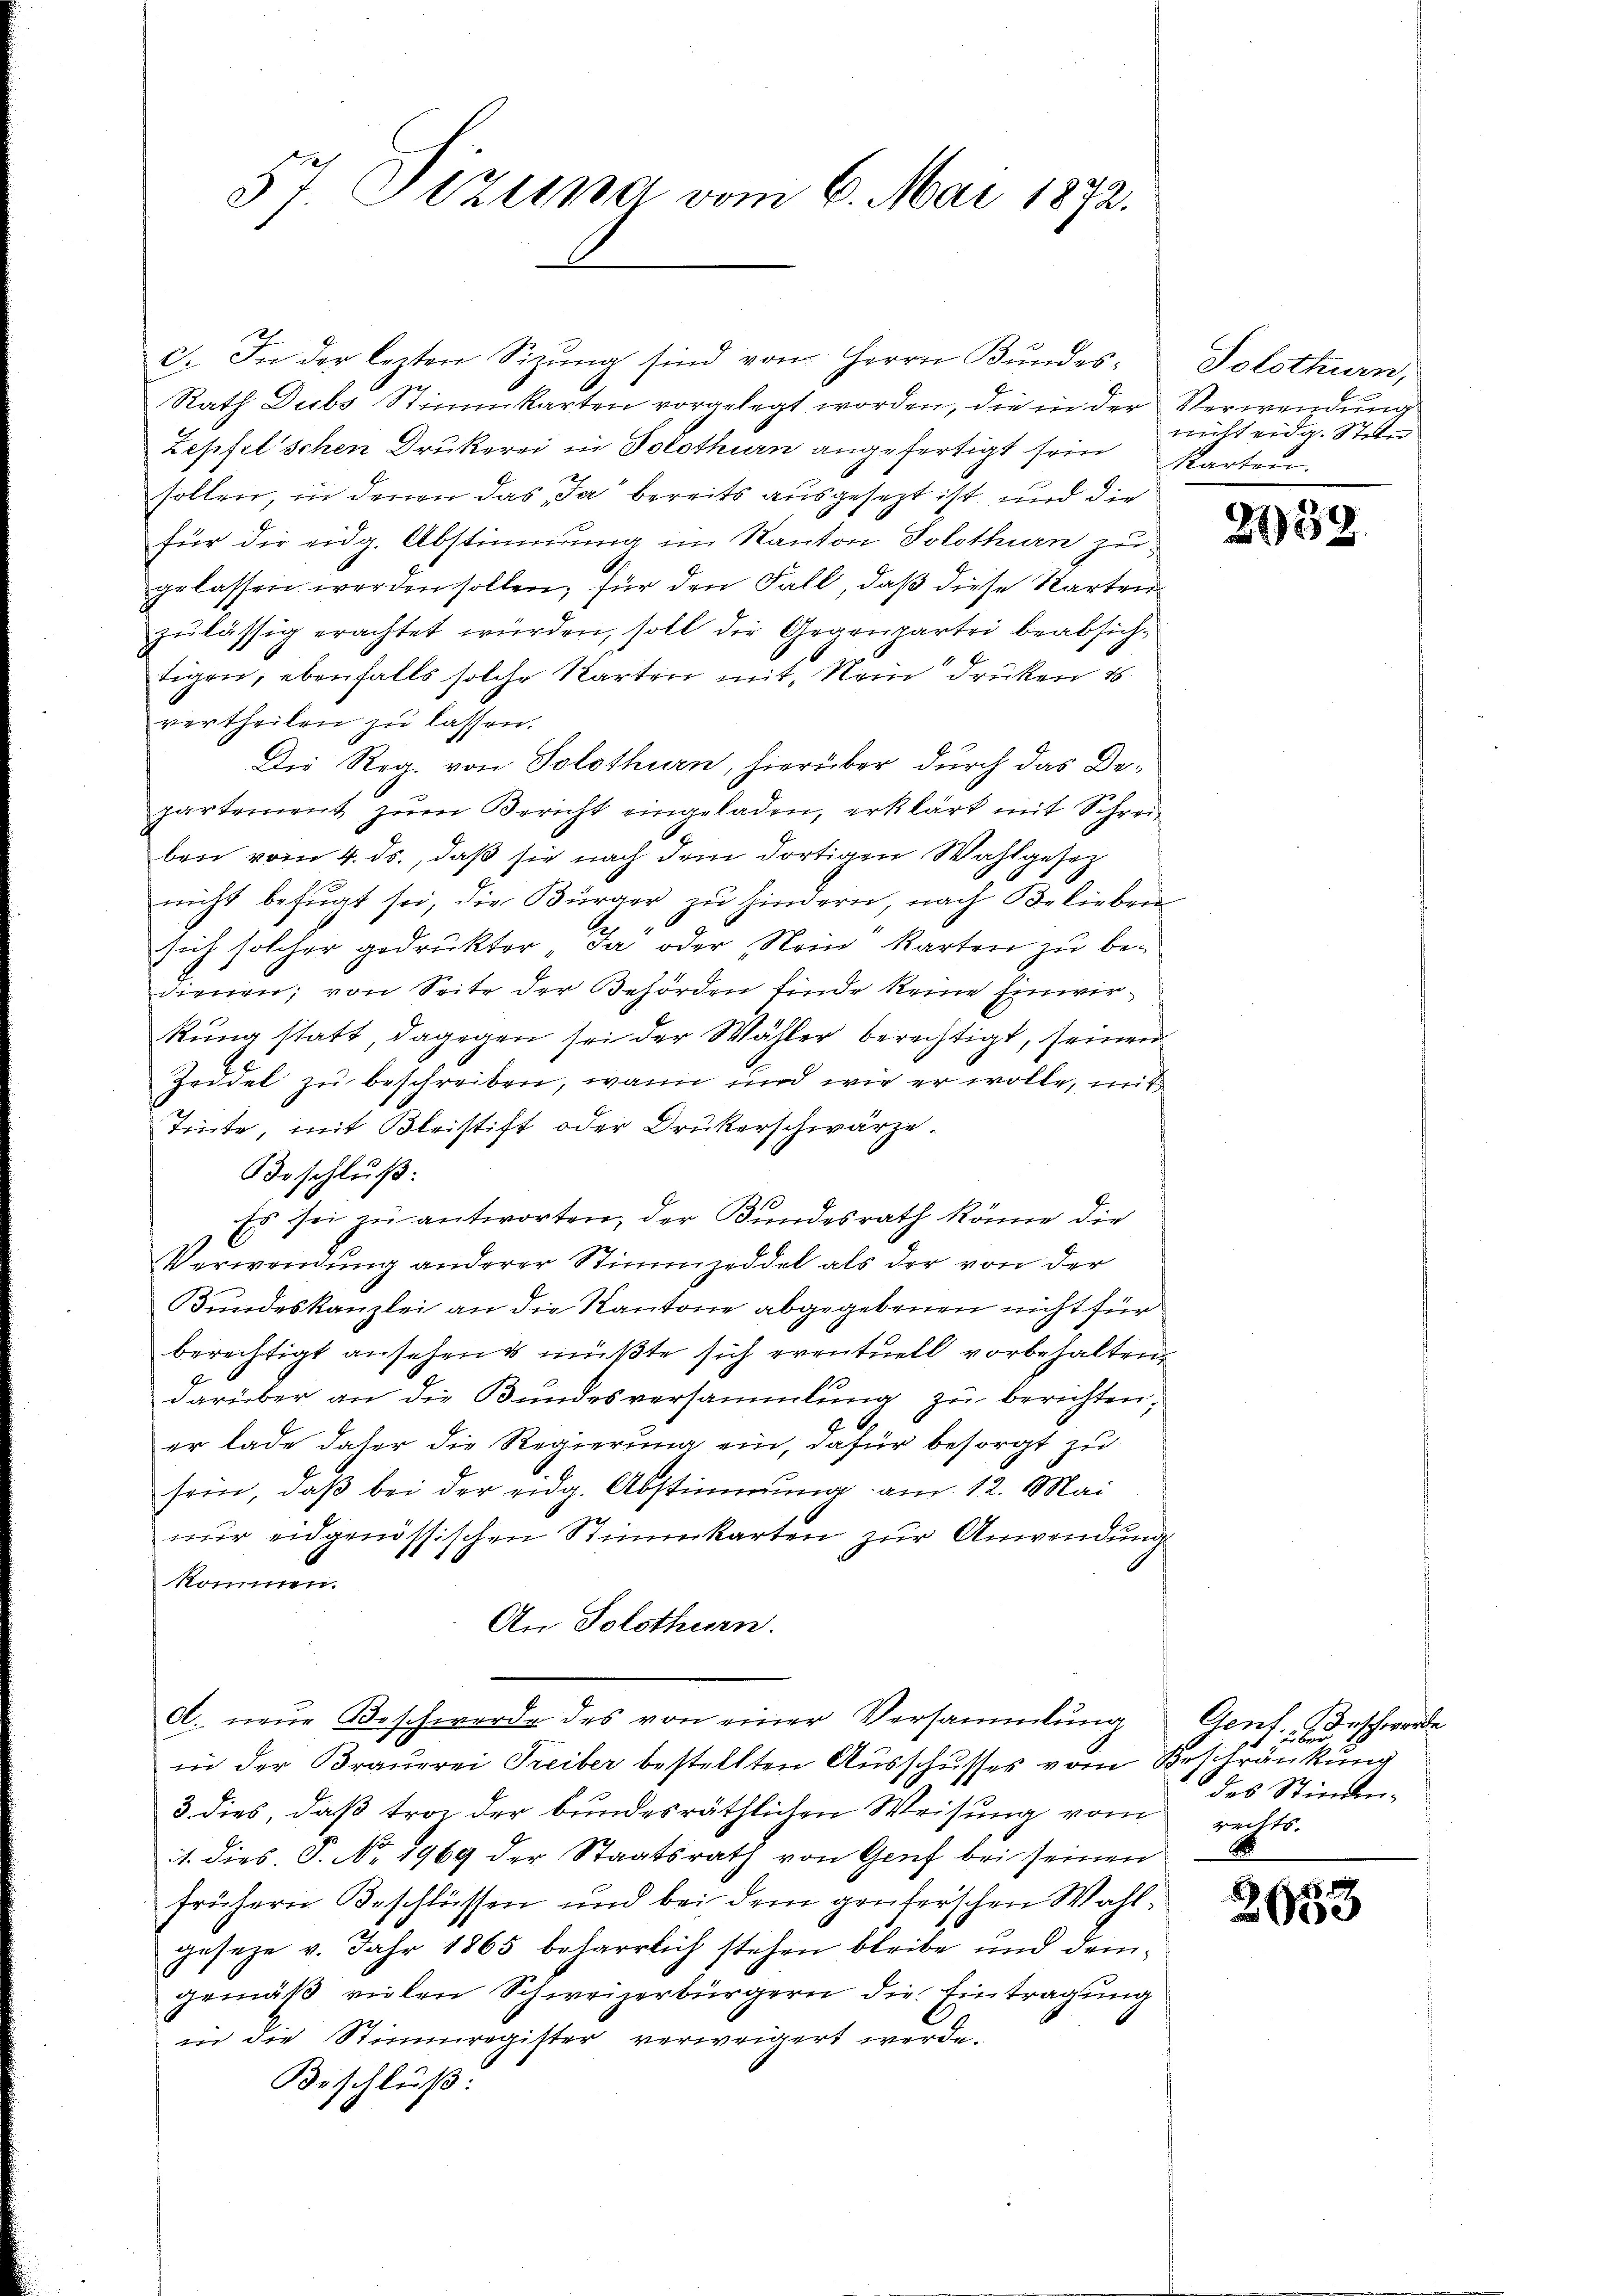
57 Sizung vom 6. Mai 1872.

c. In der lezten Sizŭng sind vom Herrn Bundes-
Rath Dubs Stimmkarten vorgelegt worden, die in der Verwendung
Zepfel’schen Drukerei in Solothurn angefertigt sein Karten.
sollen, in denen das „Ja“ bereits ausgesezt ist und die
für die eidg. Abstimmung im Kanton Solothurn zu
gelassen werden sollen, für den Fall, daß diese Karten
zŭlässig erachtet würden, soll die Gegenpartei beabsich-
tigen, ebenfalls solche Karten mit Nein drücken 1
vertheilen zu lassen.
Die Reg. von Solothurn, hierüber durch das Departement zum Bericht eingeladen, erklärt mit Schreiben vom 4. ds., daß sie nach dem dortigen Wahlgesetz
nicht befugt sei, die Bürger zu hindern, nach Belieben
sich solcher gedruckter, Ja oder Nein“ karten zu bedienen; von Seite der Behörden finde keine Einwirkung statt, dagegen sei der Wähler berechtigt, seinem
Zeddel zu beschreiben, wann und wie er wolle, mit
Tinte, mit Bleistift oder Druckerschwärze.
Beschluß:
Es sei zu antworten, der Bundesrath könne die
Verwendung anderer Stimmzeddel als der von der
Bundeskanzlei an die Kantone abgegebenen nicht für
berechtigt ansehens müßte sich eventuell vorbehalten,
darüber an die Bundesversammlung zu berichten,
er lade daher die Regierung ein, dafür besorgt zu
sein, daß bei der eidg. Abstimmung am 12. Mai
nur eidgenössischen Stimmkarten zur Anwendung
kommen.
An Solothurn.
d. neŭe Beschwerde des von einer Versammlung Genf. (Beschwerde
in der Brauerei Treiber bestellten Ausschusses vom Beschränkung
3 dies, daß tro der bundesräthlichen Weisung vom rechts-
1. dies P. Nr. 1969 der Staatsrath von Genf bei seinen
frühern Beschlüssen und bei dem genterschen Wahlgeseze v. Jahr 1865 beharrlich stehen bleibe und demgemäß vielen Schweizerbürgern die Eintragung
in die Stimmregister verweigert werde.
Beschluß:

Solothurn,
nicht eidg. Stand.

2958.

des Stimm-

2658